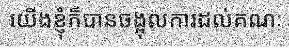
យើងខ្ញុំក៏បានចង្អុលការដល់គណៈ